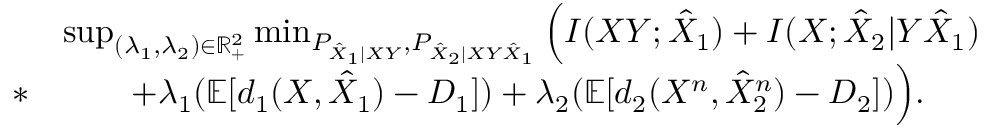
\begin{array} { r l } & { \operatorname* { s u p } _ { ( \lambda _ { 1 } , \lambda _ { 2 } ) \in \mathbb { R } _ { + } ^ { 2 } } \operatorname* { m i n } _ { P _ { \hat { X } _ { 1 } | X Y } , P _ { \hat { X } _ { 2 } | X Y \hat { X } _ { 1 } } } \Big ( I ( X Y ; \hat { X } _ { 1 } ) + I ( X ; \hat { X } _ { 2 } | Y \hat { X } _ { 1 } ) } \\ { * } & { \qquad + \lambda _ { 1 } ( \mathbb { E } [ d _ { 1 } ( X , \hat { X } _ { 1 } ) - D _ { 1 } ] ) + \lambda _ { 2 } ( \mathbb { E } [ d _ { 2 } ( X ^ { n } , \hat { X } _ { 2 } ^ { n } ) - D _ { 2 } ] ) \Big ) . } \end{array}